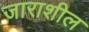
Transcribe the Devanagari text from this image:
जाराशील